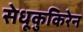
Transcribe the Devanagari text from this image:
सेधूकुकिरेन